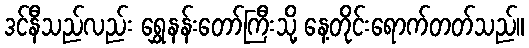
ဒင်နီသည်လည်း ရွှေနန်းတော်ကြီးသို့ နေ့တိုင်းရောက်တတ်သည်။